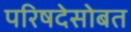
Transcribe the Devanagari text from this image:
परिषदेसोबत